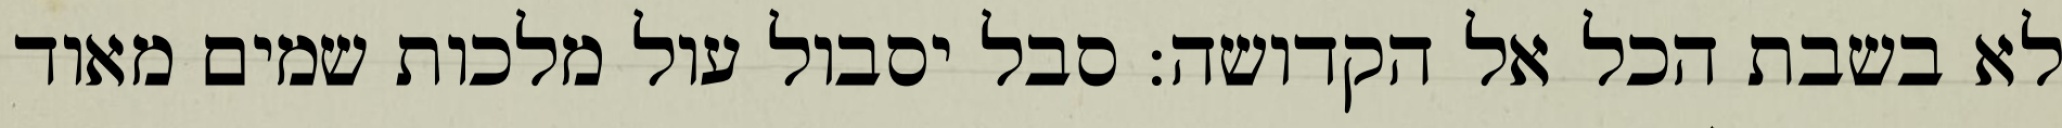
לא בשבת הכל אל הקדושה: סבל יסבול עול מלכות שמים מאוד